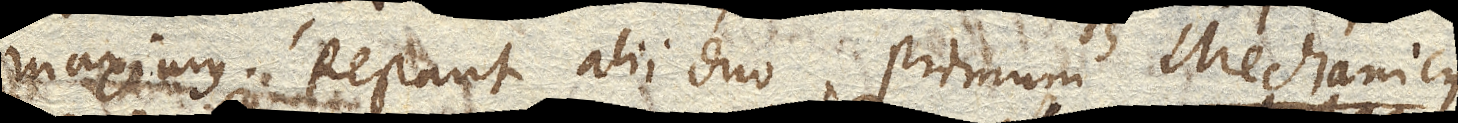
maximus. Restant alii duo, primum Mechanicus,